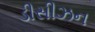
ડીસીઝન